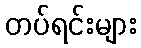
တပ်ရင်းများ